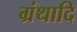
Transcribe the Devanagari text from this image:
ग्रंथादि